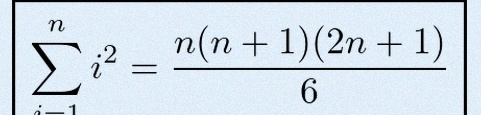
\sum_{i=1}^{n}i^2=\frac{n(n+1)(2n+1)}6